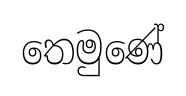
තෙමුණේ